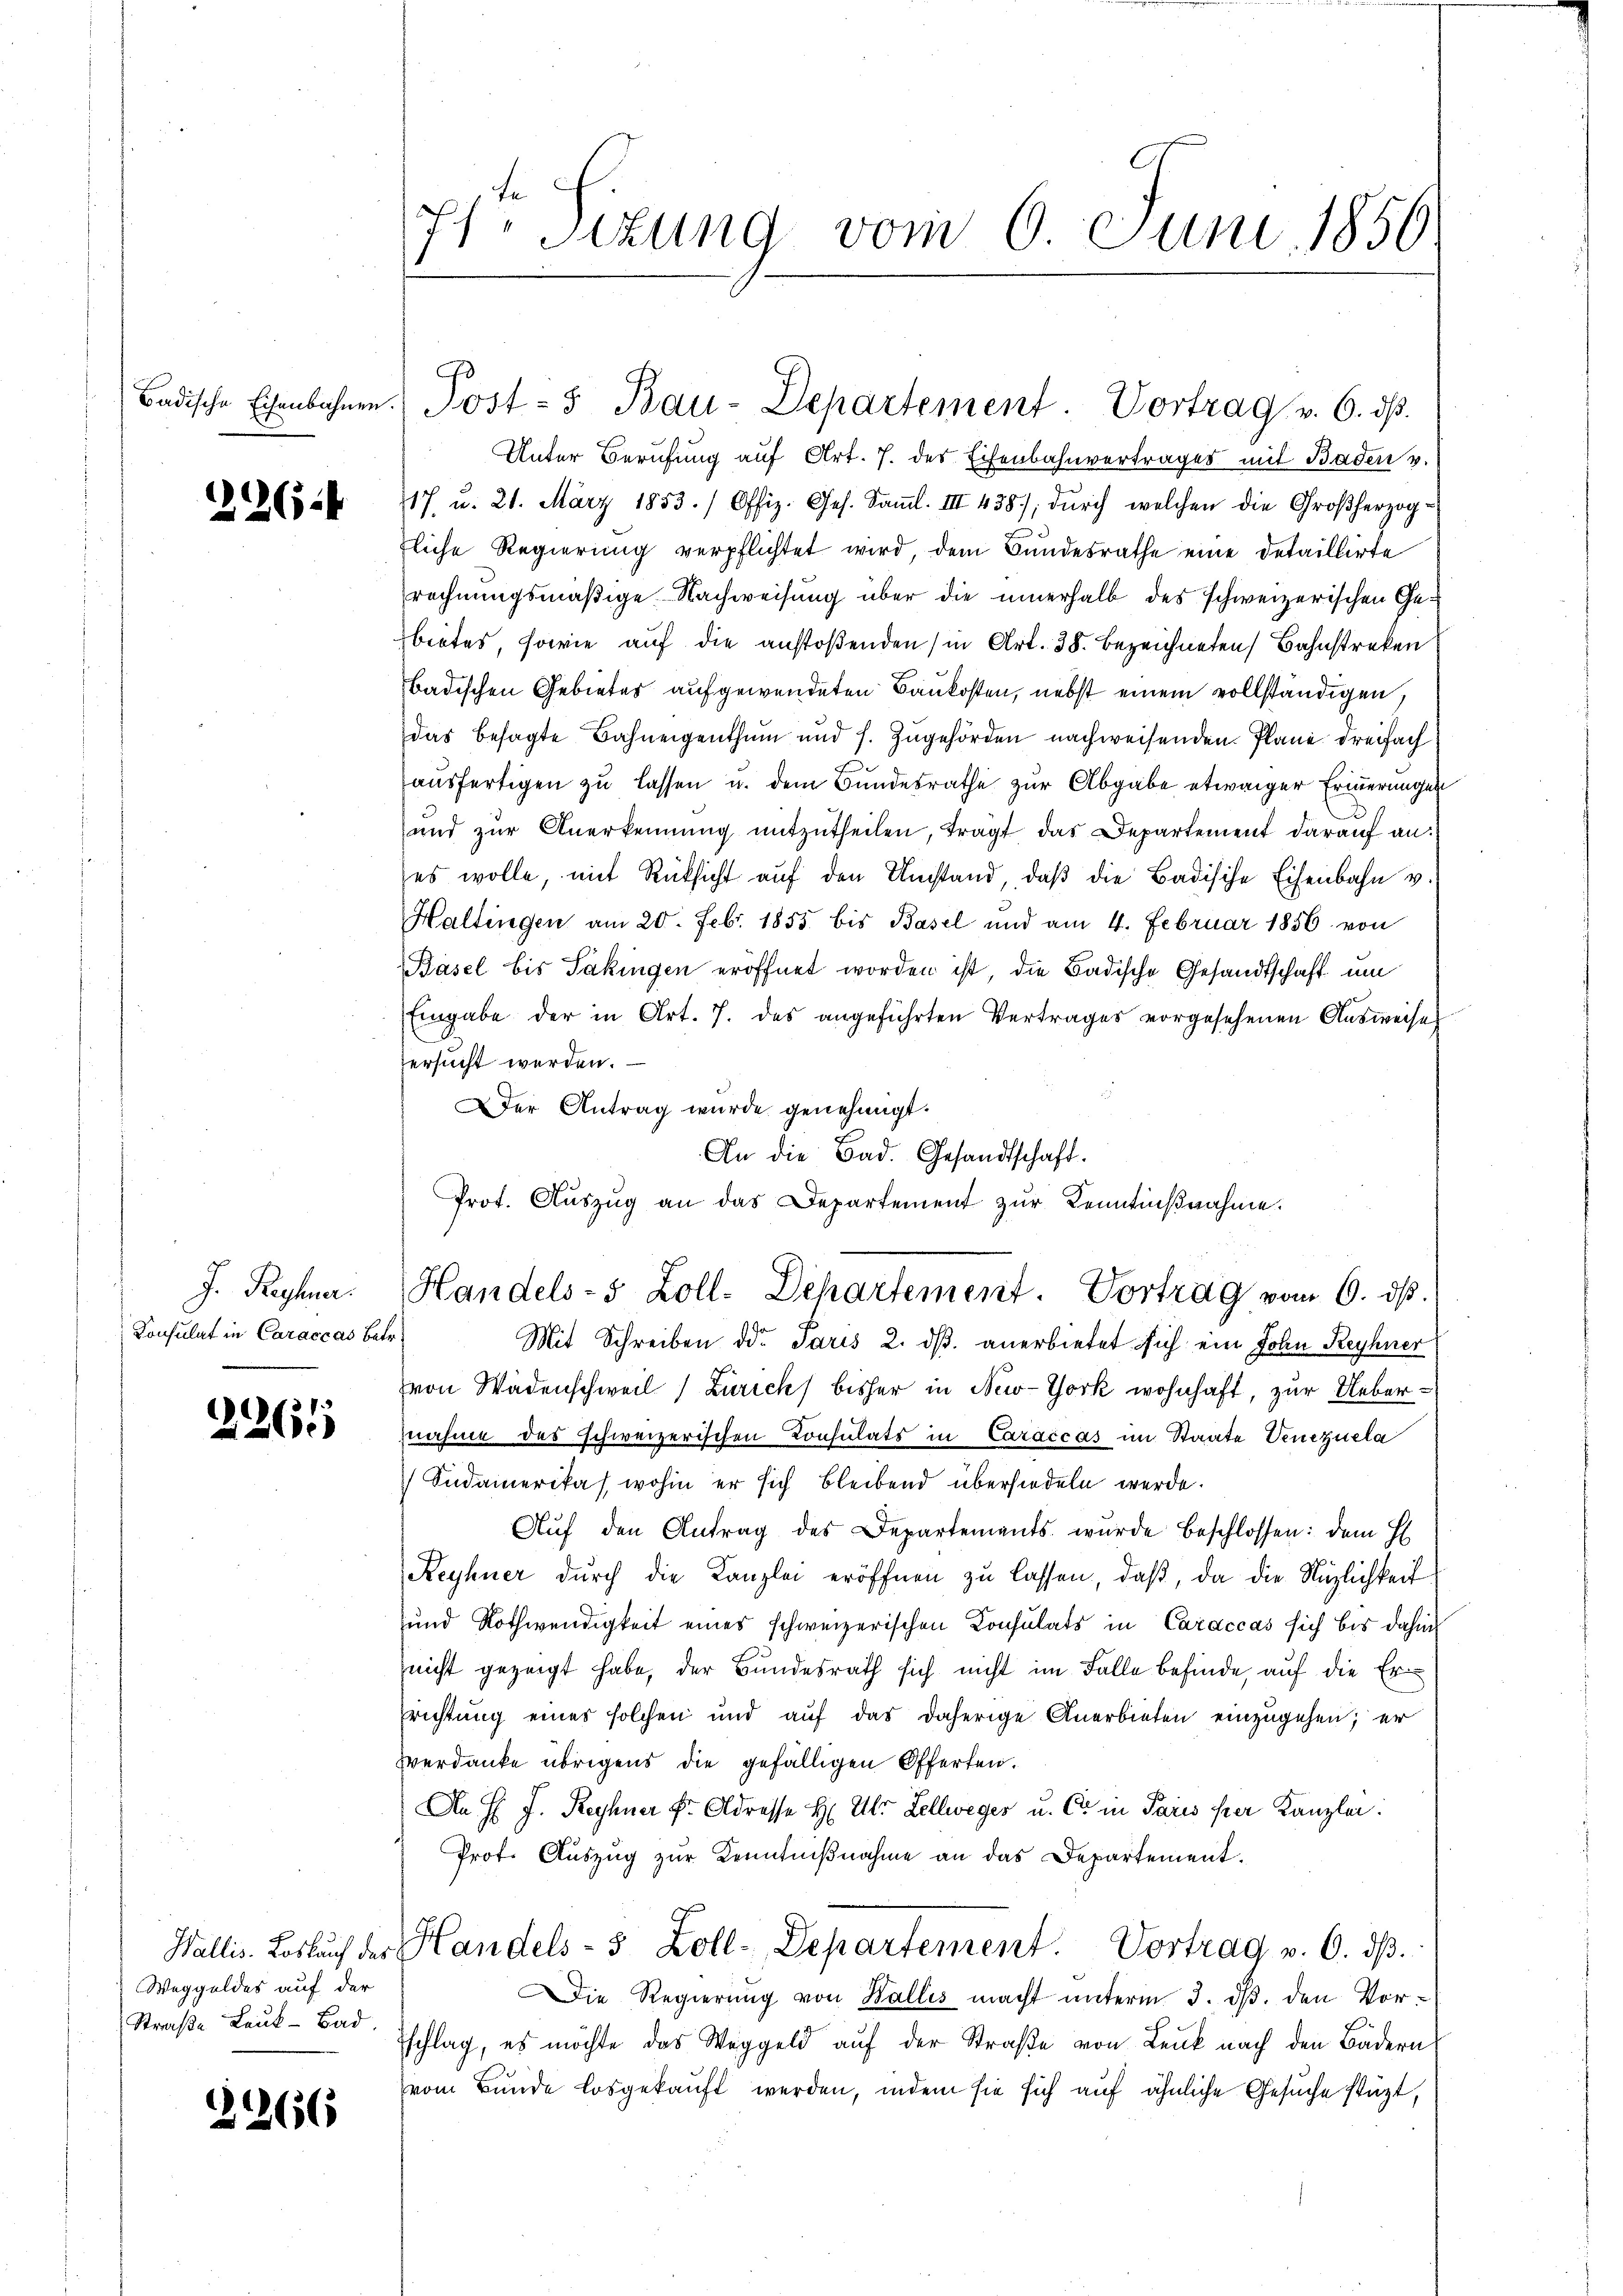
2226.

J. Rechner.
Konsulat in Caraccas Betr

2265

Weggeldes auf der
Straße Leuk-Bad.

3266

1te Sitzung vom 6. Juni 1856

Badische Eisenbahnen Post- & Bau-Departement. Vortrag v. 6. dβ.

Handels-5 Zoll-Departement. Vortrag vom 6. dß.

Unter Berufung auf Art. 7. des Eisenbahnvertrages mit Baden v.
17. u. 21. März 1853. / Offiz. Ges. Saṁl. III 438); dŭrch welchen die Großherzogfliche Regierŭng verpflichtet wird, dem Bundesrathe eine detaillirte
rechnungsmäßige Nachweisung über die innerhalb des schweizerischen Gebietes, sowie auf die anstoßenden in Art. 38. Bezeichneten Bahnstreken
badischen Gebietes aufgewendeten Baukosten, nebst einem vollständigen,
das besagte Bahneigenthum und s. Zugehörden nachweisenden Plane dreifach
ausfertigen zu lassen u. dem Bundesrathe zur Abgabe etwaiger Erinnerungen
und zŭr Anerkennung mitzŭtheilen, trägt das Departement darauf an:
es wolle, mit Rücksicht auf den Umstand, daß die Badische Eisenbahn v.
Haltingen am 20. Febr. 1855 bis Basel und am 4. Februar 1856 von
Basel bis Säkingen eröffnet worden ist, die Badische Gesandtschaft um
Eingabe der in Art. 7. des angeführten Vertrages vorgesehenen Ausweise
ersucht werden.
Der Antrag wurde genehmigt.
An die Bad. Gesandtschaft.
Prot. Aŭszŭg an das Departement zur Kenntniβnahme.

Mit Schreiben ddo. Paris 2. dβ anerbietet sich ein John Reyhner
von Wädenschweil) Zürich) bisher in New-York wohnhaft, zur Uebernahme des schweizerischen Consulats in Caraccas im Staate Venezuela
Südamerikas, wohin er sich bleibend übersiedeln werde.
Aŭf den Antrag des Departements wurde beschlossen: dem H
Reyhner durch die Kanzlei eröffnen zu lassen, daß, da die Nötzlichkeit
und Nothwendigkeit eines schweizerischen Consulats in Caraccas sich bis dahin
nicht gezeigt habe, der Bundesrath sich nicht im Falle befinde, auf die Er¬
Erichtung eines solchen und auf das daherige Anerbieten einzugehen; er
Verdanke übrigens die gefälligen Offerten.
An H. F. Rechner F. Adresse H. Ulr. Zellweger u. C in Paris per Kanzlei:
Prof. Auszug zur Kenntnißnahme an das Departement.
Wallis. Loskŭnf der Handels- 5 Zoll-Departement. Vortrag v. 6. dβ.
Die Regierung von Wallis macht unterm 3. dβ. den Vor-
schlag, es möchte das Weggeld auf der Straße von Leuk nach den Bädern
vom Bunde losgekauft werden, indem sie sich auf ähnliche Gesuche stüzt,